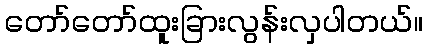
တော်တော်ထူးခြားလွန်းလှပါတယ်။